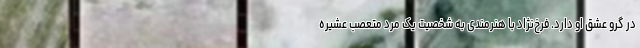
در گرو عشق او دارد. فرخ‌نژاد با هنرمندی به شخصیت یک مرد متعصب عشیره